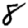
Digit: 8